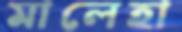
মালেহা